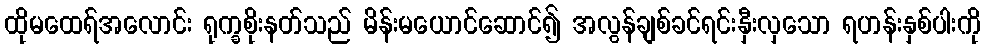
ထိုမထေရ်အလောင်း ရုက္ခစိုးနတ်သည် မိန်းမယောင်ဆောင်၍ အလွန်ချစ်ခင်ရင်းနှီးလှသော ရဟန်းနှစ်ပါးကို